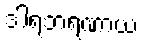
ဒါရဘရဏာယ